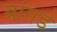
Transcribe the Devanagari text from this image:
बांगडे